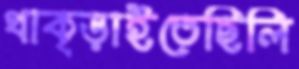
থাক্‌ড়াইতেছিলি